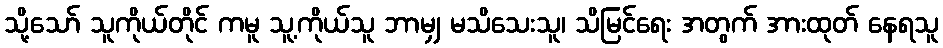
သို့သော် သူကိုယ်တိုင် ကမူ သူ့ကိုယ်သူ ဘာမျှ မသိသေးသူ၊ သိမြင်ရေး အတွက် အားထုတ် နေရသူ